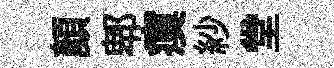
顔郫瘼紗堂